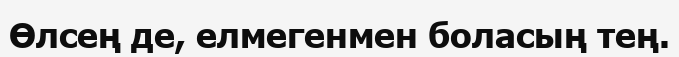
Өлсең де, елмегенмен боласың тең.